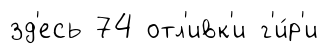
зд'есь 74 отл'ивк'и г'и́р'и